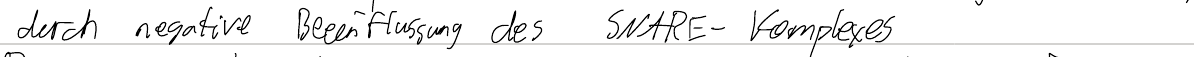
durch negative Beeinflussung des SNARE-Komplexes